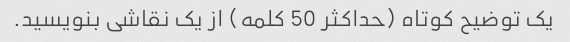
یک توضیح کوتاه (حداکثر 50 کلمه) از یک نقاشی بنویسید.